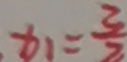
x 1 = \frac { 3 } { 2 }